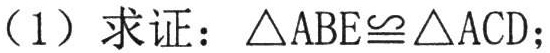
（1）求证：\(\triangle ABE\cong\triangle ACD\)；